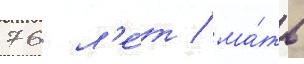
76 л'е́т / ма́ть